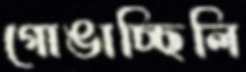
গোঙাচ্ছিলি